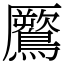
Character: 鷢